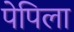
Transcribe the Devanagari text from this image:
पेपिला